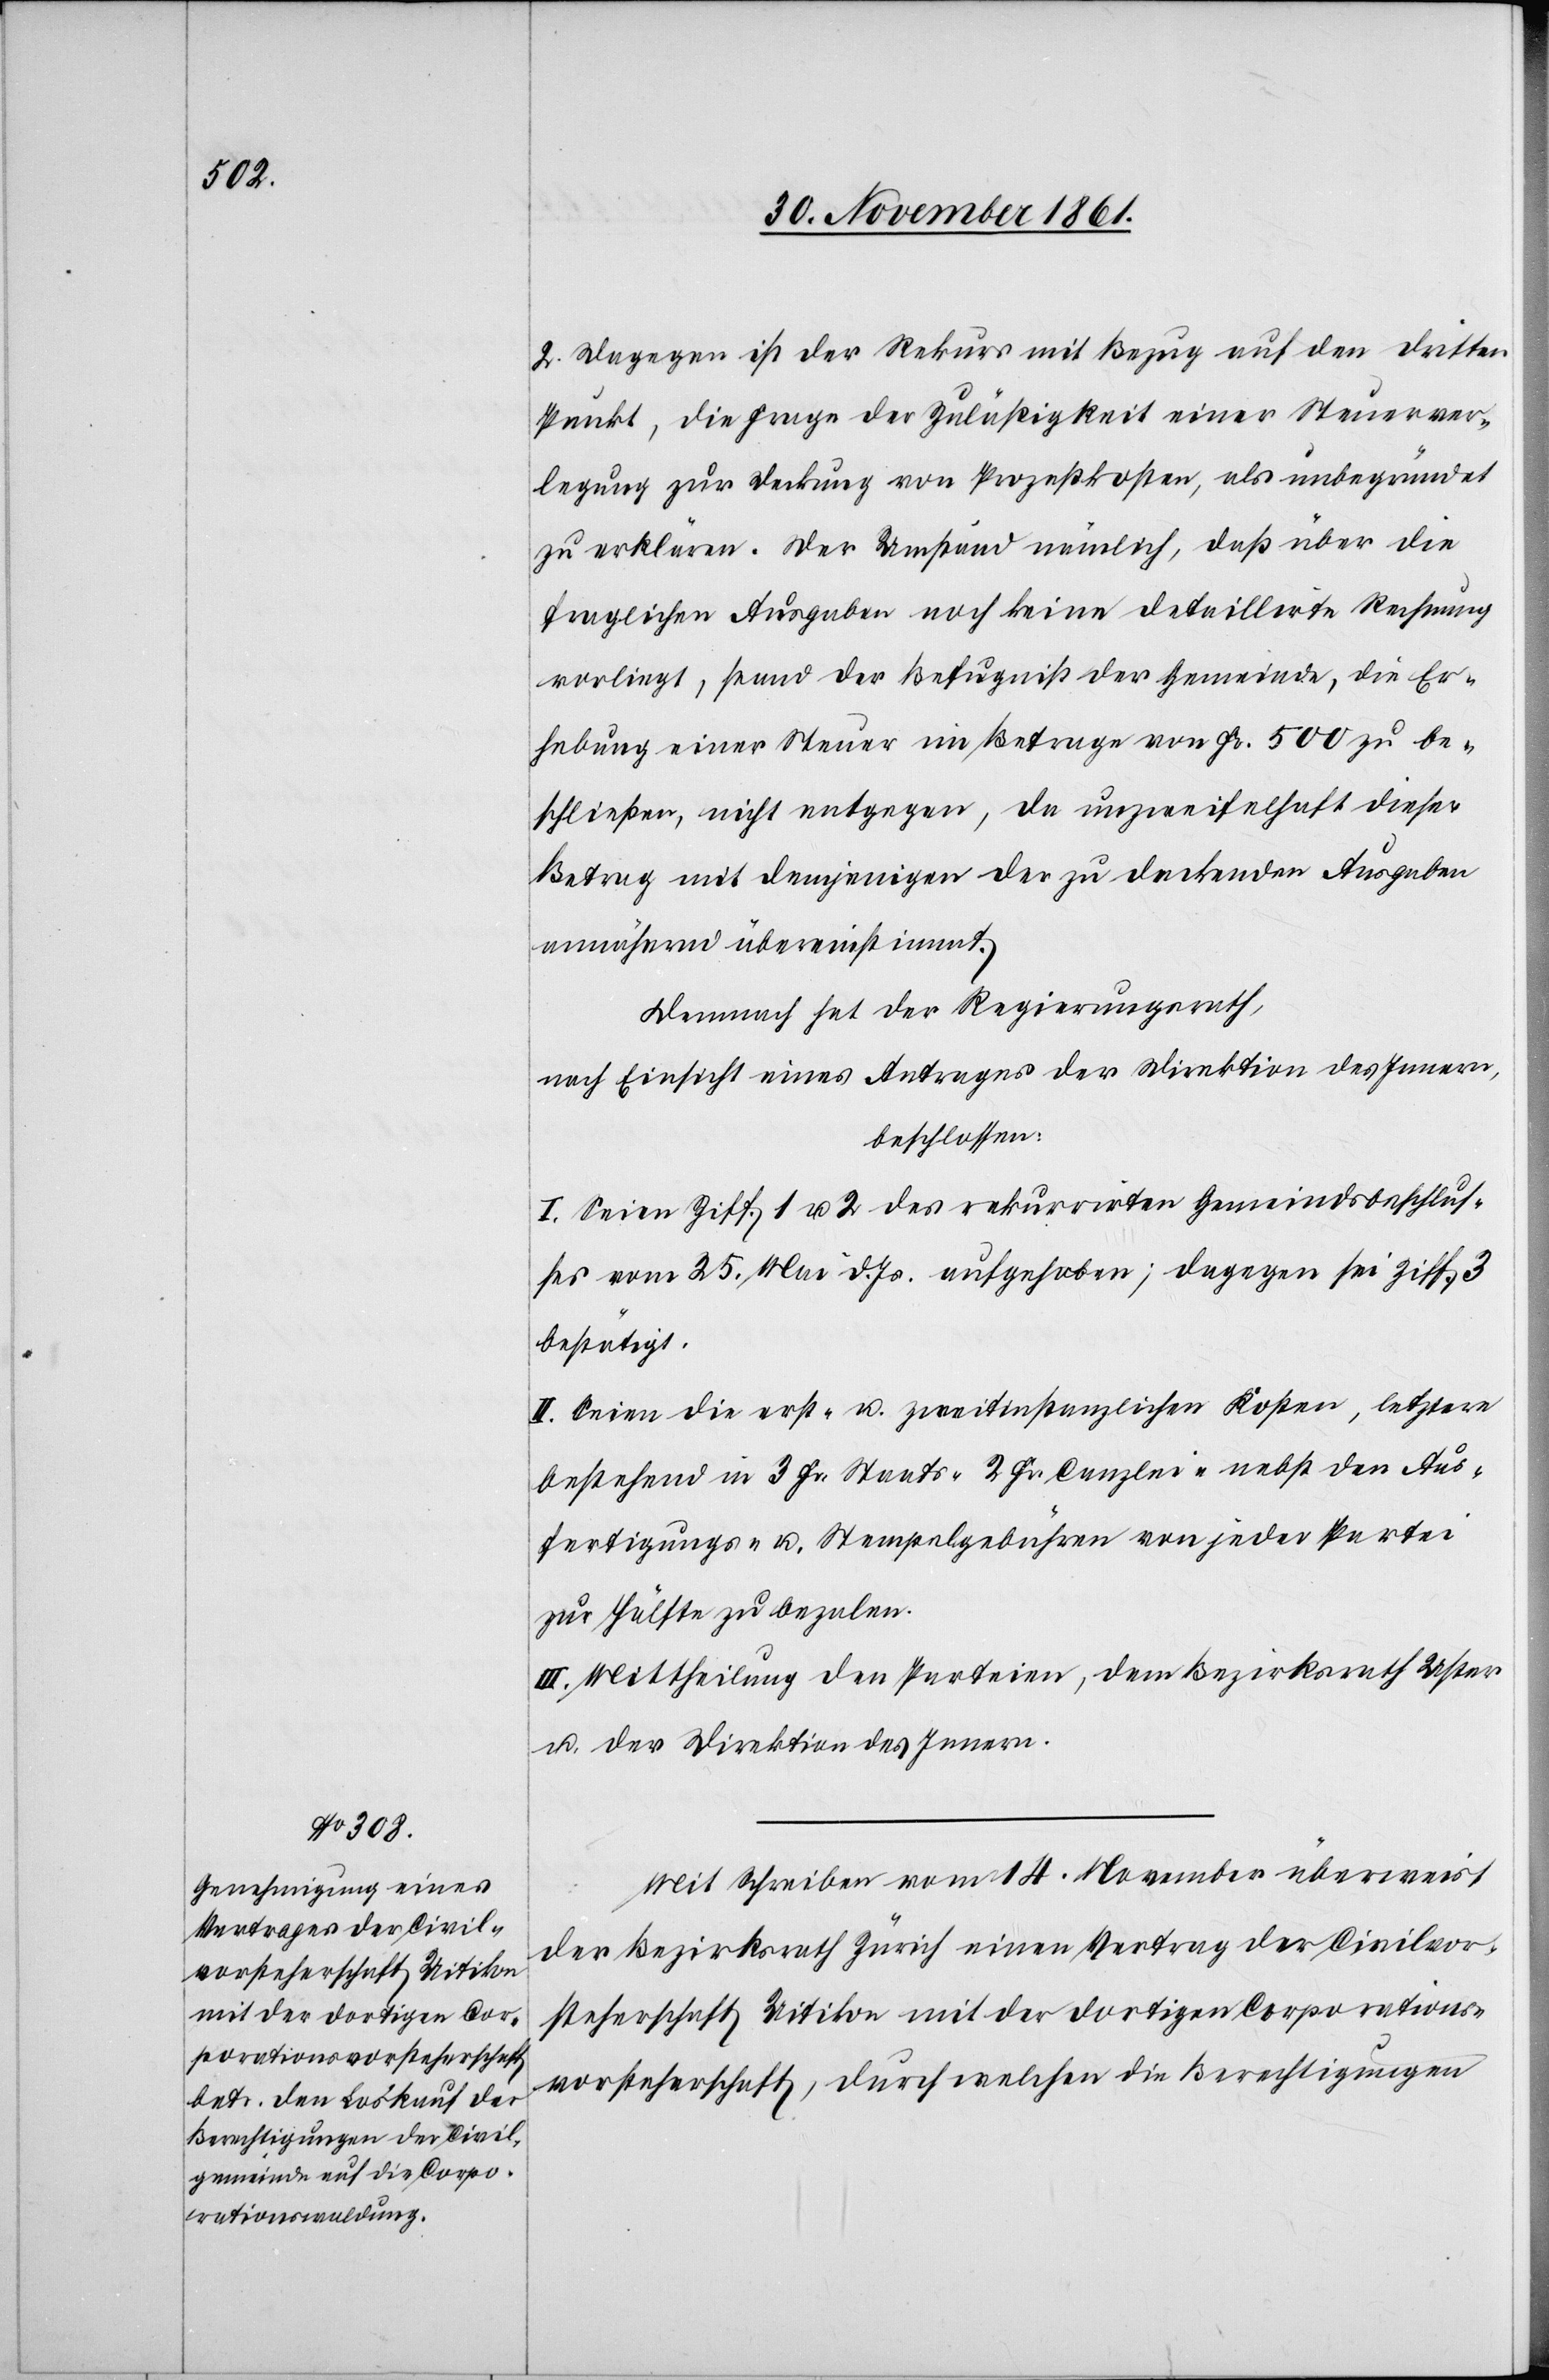
2. Dagegen ist der Rekurs mit Bezug auf den dritten
Punkt, die Frage der Zuläßigkeit einer Steuerver¬
legung zur Deckung von Prozeßkosten, als unbegründet
zu erklären. Der Umstand nämlich, daß über die
fraglichen Ausgaben noch keine detaillirte Rechnung
vorliegt, stand der Befugniß der Gemeinde, die Er¬
hebung einer Steuer im Betrage von Fr. 500 zu be¬
schließen, nicht entgegen, da unzweifelhaft dieser
Betrag mit demjenigen der zu deckenden Ausgaben
annähernd übereinstimmt.
Demnach hat der Regierungsrath,
nach Einsicht eines Antrages der Direktion des Innern,
beschlossen:
I. Seien Ziff. 1 u. 2 des rekurrirten Gemeindsbeschlus¬
ses vom 25 Mai d. Js. aufgehoben; dagegen sei Ziff. 3
bestätigt.
II. Seien die erst- u. zweitinstanzlichen Kosten, letztere
bestehend in 3 Fr. Staats-[,] 2 Fr. Canzlei-[,] nebst den Aus¬
fertigungs- u. Stempelgebühren von jeder Partei
zur Hälfte zu bezalen.
III. Mittheilung den Parteien, dem Bezirksrath Uster
u. der Direktion des Innern.
Mit Schreiben vom 14 November überweist
der Bezirksrath Zürich einen Vertrag der Civilvor¬
steherschaft Uitikon mit der dortigen Corporations¬
vorsteherschaft, durch welchen die Berechtigungen